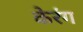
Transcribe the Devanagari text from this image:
केरंग